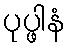
ပုပ္ဖါနံ